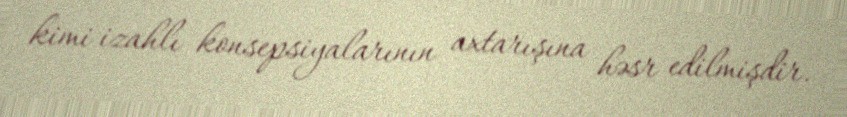
kimi izahlı konsepsiyalarının axtarışına həsr edilmişdir.